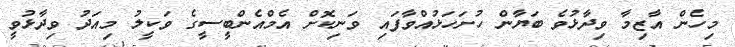
މިހެން އާޒިމާ ވިދާޅުވެ ބަޔާން ހުށަހަޅުއްވާފައި ވަނިކޮށް އެމްއެންބީސީގެ ވަކީލު މިއަދު ވިދާޅުވީ